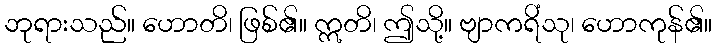
ဘုရားသည်။ ဟောတိ၊ ဖြစ်၏။ ဣတိ၊ ဤသို့။ ဗျာကရိံသု၊ ဟောကုန်၏။